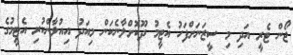
ޖޯން ޓެރީ އަދި މި ސީޒަނަށްފަހު އެޓީމު ދޫކޮށްލާނެކަން މިއަދު އިއުލާންކުރި އެޓީމުގެ